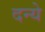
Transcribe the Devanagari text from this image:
दन्ये